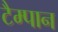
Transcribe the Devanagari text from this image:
टैम्पान